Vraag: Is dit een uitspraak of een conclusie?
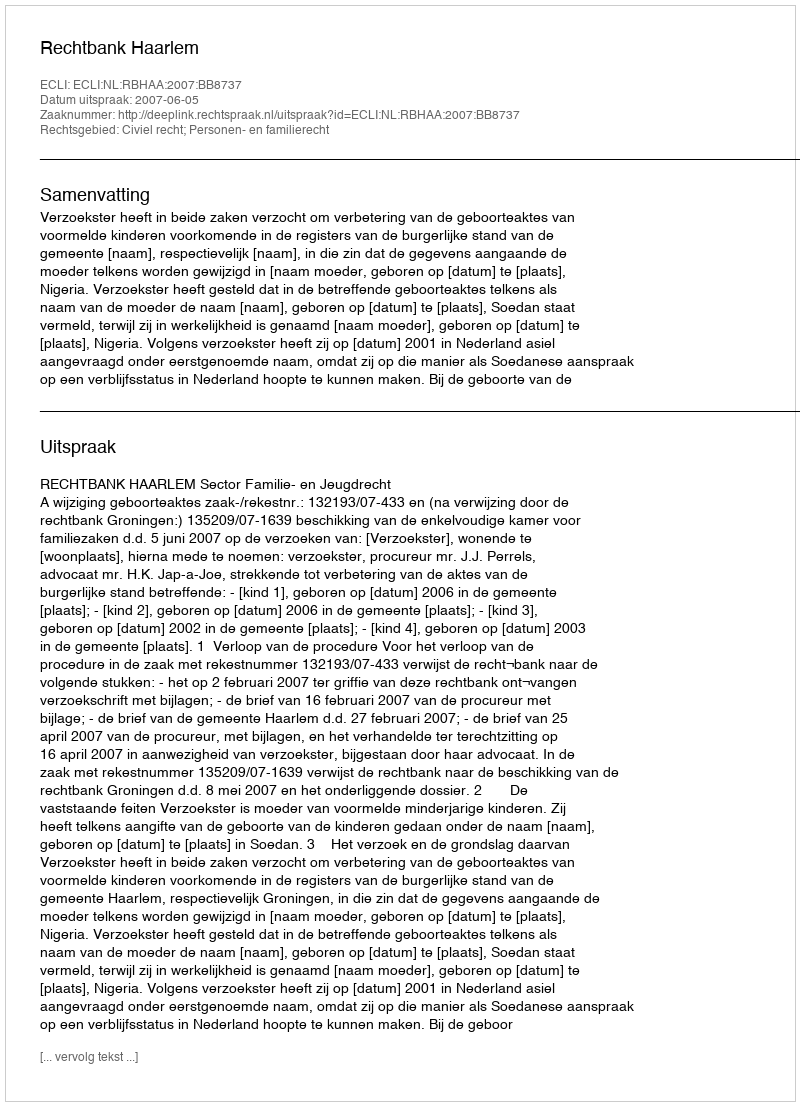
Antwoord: Uitspraak